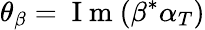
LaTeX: \theta_{\beta}=\mathrm{~I~m~}(\beta^{\ast}\alpha_{T})